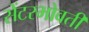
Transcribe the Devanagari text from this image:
सेंटरभोवती